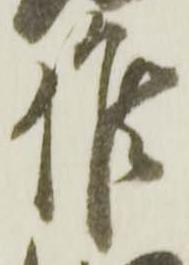
候